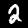
Label: 2